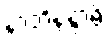
နာဘိနန္ဒာမိ